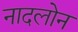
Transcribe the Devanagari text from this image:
नादलोन